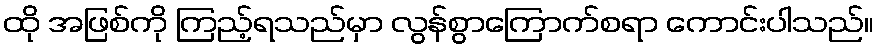
ထို အဖြစ်ကို ကြည့်ရသည်မှာ လွန်စွာကြောက်စရာ ကောင်းပါသည်။